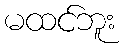
မထင်ဘူး